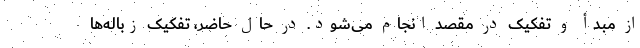
از مبدأ و تفکیک در مقصد انجام می‌شود. در حال حاضر، تفکیک زباله‌ها